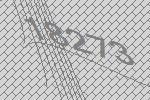
18273